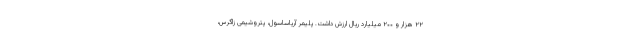
۲۲ هزار و ۲۰۰ میلیارد ریال ارزش داشت. پلیمر آریاساسول، پتروشیمی زاگرس،